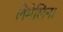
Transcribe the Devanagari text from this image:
लेमेलिन।